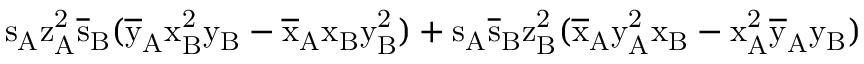
\mathrm { s _ { A } \mathrm { z _ { A } ^ { 2 } \mathrm { \overline { { s } } _ { B } ( \mathrm { \overline { { y } } _ { A } \mathrm { x _ { B } ^ { 2 } \mathrm { y _ { B } - \mathrm { \overline { { x } } _ { A } \mathrm { x _ { B } \mathrm { y _ { B } ^ { 2 } ) + \mathrm { s _ { A } \mathrm { \overline { { s } } _ { B } \mathrm { z _ { B } ^ { 2 } ( \mathrm { \overline { { x } } _ { A } \mathrm { y _ { A } ^ { 2 } \mathrm { x _ { B } - \mathrm { x _ { A } ^ { 2 } \mathrm { \overline { { y } } _ { A } \mathrm { y _ { B } ) } } } } } } } } } } } } } } } } } }